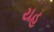
યહ